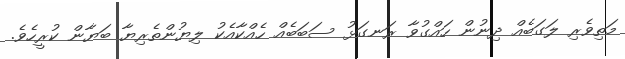
މަތިވެރި ލަގަބެއް ދިނުން ހައްގުވާ ރަނގަޅު ސަބަބެއް ހެއްކާއެކު ލިޔުންތެރިޔާ ބަޔާން ކުރީހެވެ.